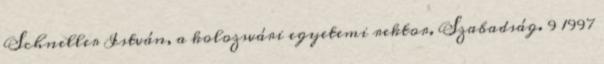
Schneller István, a kolozsvári egyetemi rektor. Szabadság. 9 1997